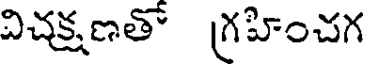
విచక్షణతో గ్రహించగ